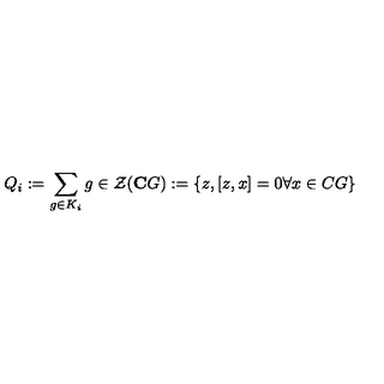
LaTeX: Q _ { i } : = \sum _ { g \in K _ { i } } g \in \mathcal { Z } ( \mathbf { C } G ) : = \left\{ z , \left[ z , x \right] = 0 \forall x \in C G \right\} \,